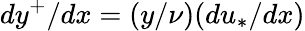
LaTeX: dy^{+}/dx=(y/\nu)(du_{*}/dx)